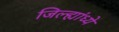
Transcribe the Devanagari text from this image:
जिल्ह्यांध्ये